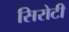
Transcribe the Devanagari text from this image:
सिरोटी